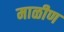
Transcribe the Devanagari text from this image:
माळीण